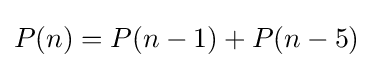
P(n)=P(n-1)+P(n-5)